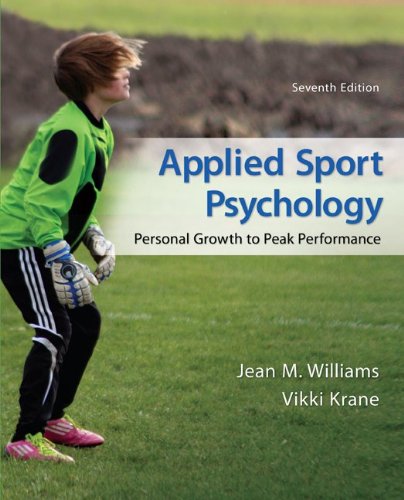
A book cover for Applied Sport Psychology: Personal Growth to Peak Performance; Jean Williams; Medical Books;